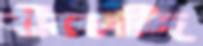
বীরকান্দি